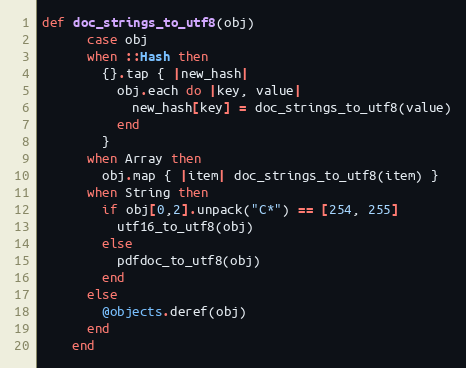
Language: Ruby
def doc_strings_to_utf8(obj)
      case obj
      when ::Hash then
        {}.tap { |new_hash|
          obj.each do |key, value|
            new_hash[key] = doc_strings_to_utf8(value)
          end
        }
      when Array then
        obj.map { |item| doc_strings_to_utf8(item) }
      when String then
        if obj[0,2].unpack("C*") == [254, 255]
          utf16_to_utf8(obj)
        else
          pdfdoc_to_utf8(obj)
        end
      else
        @objects.deref(obj)
      end
    end